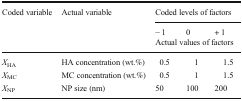
<table><thead><tr><td rowspan="3"><b>Coded variable</b></td><td rowspan="3"><b>Actual variable</b></td><td colspan="3"><b>Coded levels of factors</b></td></tr><tr><td><b>− 1</b></td><td><b>0</b></td><td><b>+ 1</b></td></tr><tr><td colspan="3"><b>Actual values of factors</b></td></tr></thead><tbody><tr><td><i>X</i><sub>HA</sub></td><td>HA concentration (wt.%)</td><td>0.5</td><td>1</td><td>1.5</td></tr><tr><td><i>X</i><sub>MC</sub></td><td>MC concentration (wt.%)</td><td>0.5</td><td>1</td><td>1.5</td></tr><tr><td><i>X</i><sub>NP</sub></td><td>NP size (nm)</td><td>50</td><td>100</td><td>200</td></tr></tbody></table>